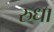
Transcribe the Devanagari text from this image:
रुधा